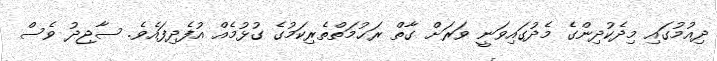
ދިއުމުގައި މިދެކުދިންގެ މެދުގައިވަނީ ވަރަށް ގާތް ރަޙުމަތްތެރިކަމުގެ ގުޅުމެއް އުފެދިފައެވެ. ސާޖިދު ވެސް